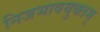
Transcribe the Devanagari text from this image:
निजभावयुक्तम्